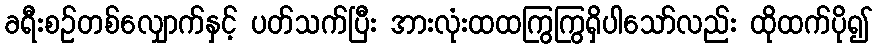
ခရီးစဉ်တစ်လျှောက်နှင့် ပတ်သက်ပြီး အားလုံးထထကြွကြွရှိပါသော်လည်း ထိုထက်ပို၍